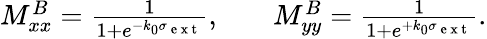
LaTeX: \begin{array}{rlr}{M_{xx}^{B}=\frac{1}{1+e^{-k_{0}\sigma_{\mathrm{~e~x~t~}}}},}&{{}}&{M_{yy}^{B}=\frac{1}{1+e^{+k_{0}\sigma_{\mathrm{~e~x~t~}}}}.}\end{array}